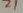
Text: Z1